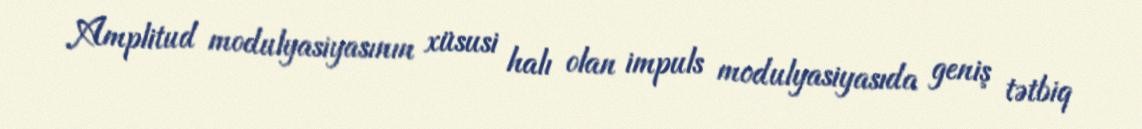
Amplitud modulyasiyasının xüsusi halı olan impuls modulyasiyasıda geniş tətbiq